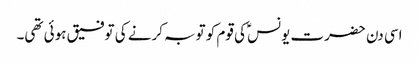
اسی دن حضرت یونسؑ کی قوم کو توبہ کرنے کی توفیق ہوئی تھی۔